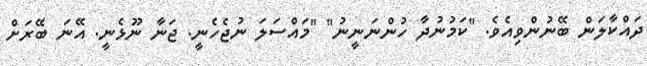
ދައްކާލަން ބޭނުންވިއެވެ. "ކަމުނުދާ ހުންނަނީނު" "މައްސަލަ ނުޖެހެނީ. ޖަނާ ނޫޅެނީ. އޭނަ ބޭރަށް